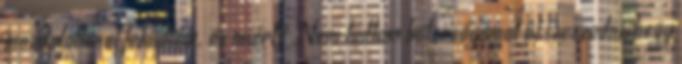
mozdulatlanul feküdtem. és miért? Nem tudtam bátorságomat összeszedni, hogy